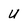
Character: U